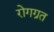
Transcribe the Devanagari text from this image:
रोगग्रत